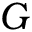
G